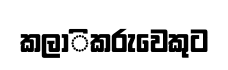
කලාිකරුවෙකුට